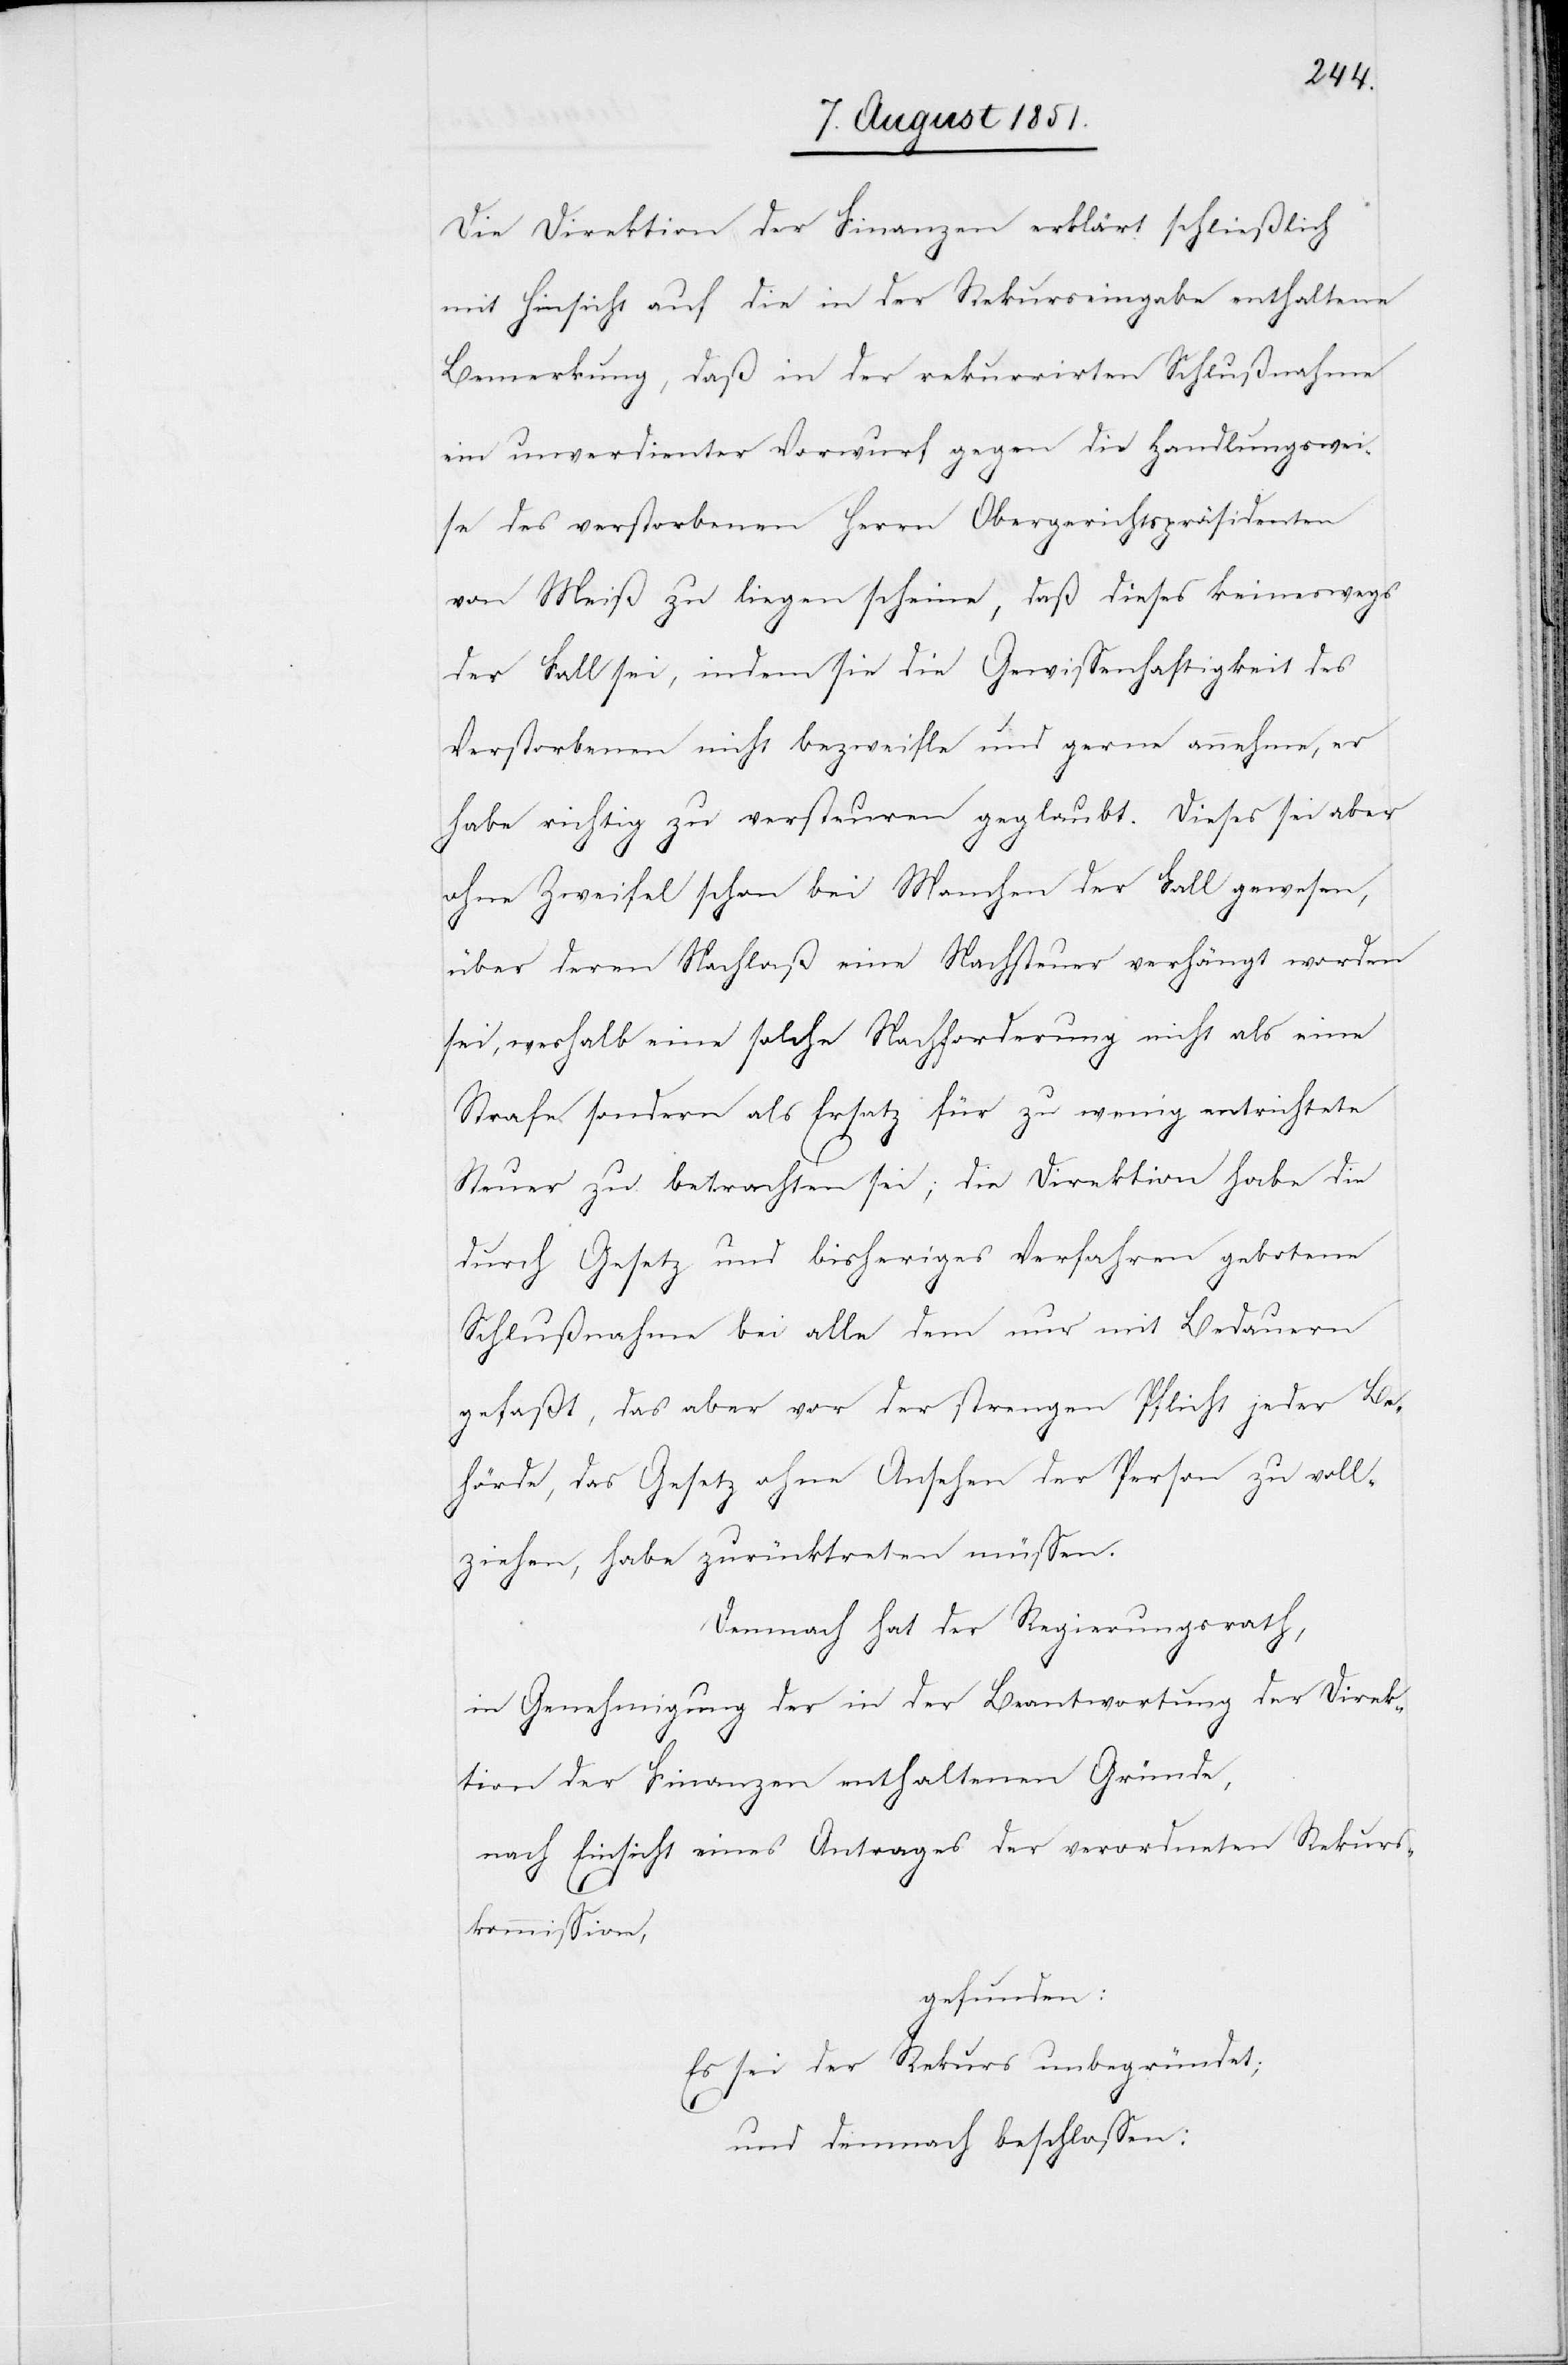
Die Direktion der Finanzen erklärt schließlich
mit Hinsicht auf die in der Rekurseingabe enthaltene
Bemerkung, daß in der rekurrirten Schlußnahme
ein unverdienter Vorwurf gegen die Handlungswei¬
se des verstorbenen Herrn Obergerichtspräsidenten
von Meiß zu liegen scheine, daß dieses keineswegs
der Fall sei, indem sie die Gewissenhaftigkeit des
Verstorbenen nicht bezweifle und gerne annehme, er
habe richtig zu versteuren geglaubt. Dieses sei aber
ohne Zweifel schon bei Manchen der Fall gewesen,
über deren Nachlaß eine Nachsteuer verhängt worden
sei, weshalb eine solche Nachforderung nicht als eine
Strafe sondern als Ersatz für zu wenig entrichtete
Steuer zu betrachten sei; die Direktion habe die
durch Gesetz und bisheriges Verfahren gebotene
Schlußnahme bei alle dem nur mit Bedauern
gefaßt, das aber vor der strengen Pflicht jeder Be¬
hörde, das Gesetz ohne Ansehen der Person zu voll¬
ziehen, habe zurücktreten müssen.
Demnach hat der Regierungsrath,
in Genehmigung der in der Beantwortung der Direk¬
tion der Finanzen enthaltenen Gründe,
nach Einsicht eines Antrages der verordneten Rekurs¬
kommission,
gefunden:
Es sei der Rekurs unbegründet;
und demnach beschlossen: